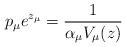
LaTeX: \begin{align*}p_\mu e^{z_\mu}=\frac{1}{\alpha_\mu V_\mu(z)} \end{align*}